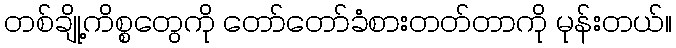
တစ်ချို့ကိစ္စတွေကို တော်တော်ခံစားတတ်တာကို မုန်းတယ်။